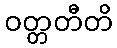
ဝတ္တတီတိ